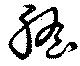
胆